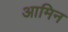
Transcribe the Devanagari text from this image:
आमिन